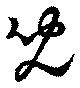
児